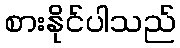
စားနိုင်ပါသည်